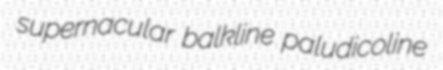
supernacular balkline paludicoline